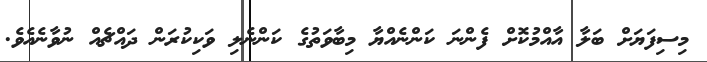
މިސިފަޔަށް ބަލާ އާއްމުކޮށް ފެންނަ ކަންނެއްޔާ މިބާވަތުގެ ކަންނެލި ވަކިކުރަން ދައްޗެއް ނުވާނެއެވެ.